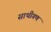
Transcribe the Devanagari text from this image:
साथीगण